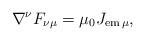
LaTeX: \begin{align*}\nabla^\nu F_{\nu\mu}=\mu_0 J_{{\rm em}\,\mu},\end{align*}